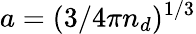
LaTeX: a=({3}/{4{\pi}{n_{d}}})^{1/3}